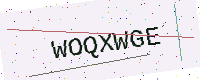
Text: WOQXWGE